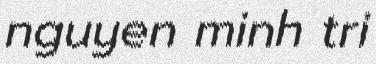
nguyen minh tri